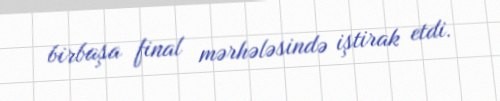
birbaşa final mərhələsində iştirak etdi.